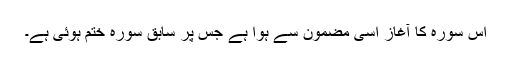
اس سورہ کا آغاز اسی مضمون سے ہوا ہے جس پر سابق سورہ ختم ہوئی ہے۔